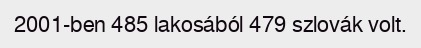
2001-ben 485 lakosából 479 szlovák volt.